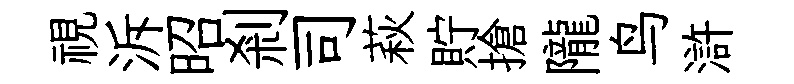
視泝昭剎司萩貯搶隴鸟滸